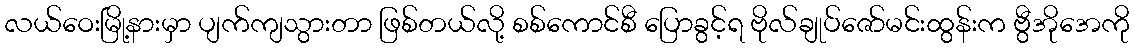
လယ်ဝေးမြို့နားမှာ ပျက်ကျသွားတာ ဖြစ်တယ်လို့ စစ်ကောင်စီ ပြောခွင့်ရ ဗိုလ်ချုပ်ဇော်မင်းထွန်းက ဗွီအိုအေကို